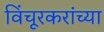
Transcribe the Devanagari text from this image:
विंचूरकरांच्या